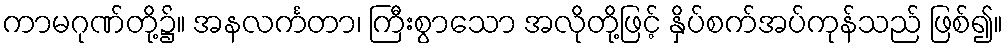
ကာမဂုဏ်တို့၌။ အနလင်္ကတာ၊ ကြီးစွာသော အလိုတို့ဖြင့် နှိပ်စက်အပ်ကုန်သည် ဖြစ်၍။